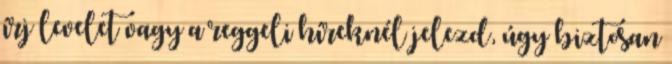
írj levelet vagy a reggeli híreknél jelezd, úgy biztosan